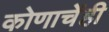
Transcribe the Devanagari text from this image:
कोणाचेंही